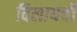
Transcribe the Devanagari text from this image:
विलायची